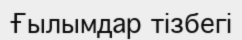
Ғылымдар тізбегі